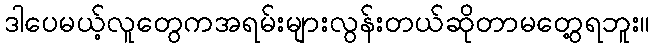
ဒါပေမယ့်လူတွေကအရမ်းများလွန်းတယ်ဆိုတာမတွေ့ရဘူး။